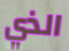
الذي